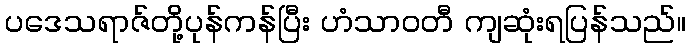
ပဒေသရာဇ်တို့ပုန်ကန်ပြီး ဟံသာဝတီ ကျဆုံးရပြန်သည်။